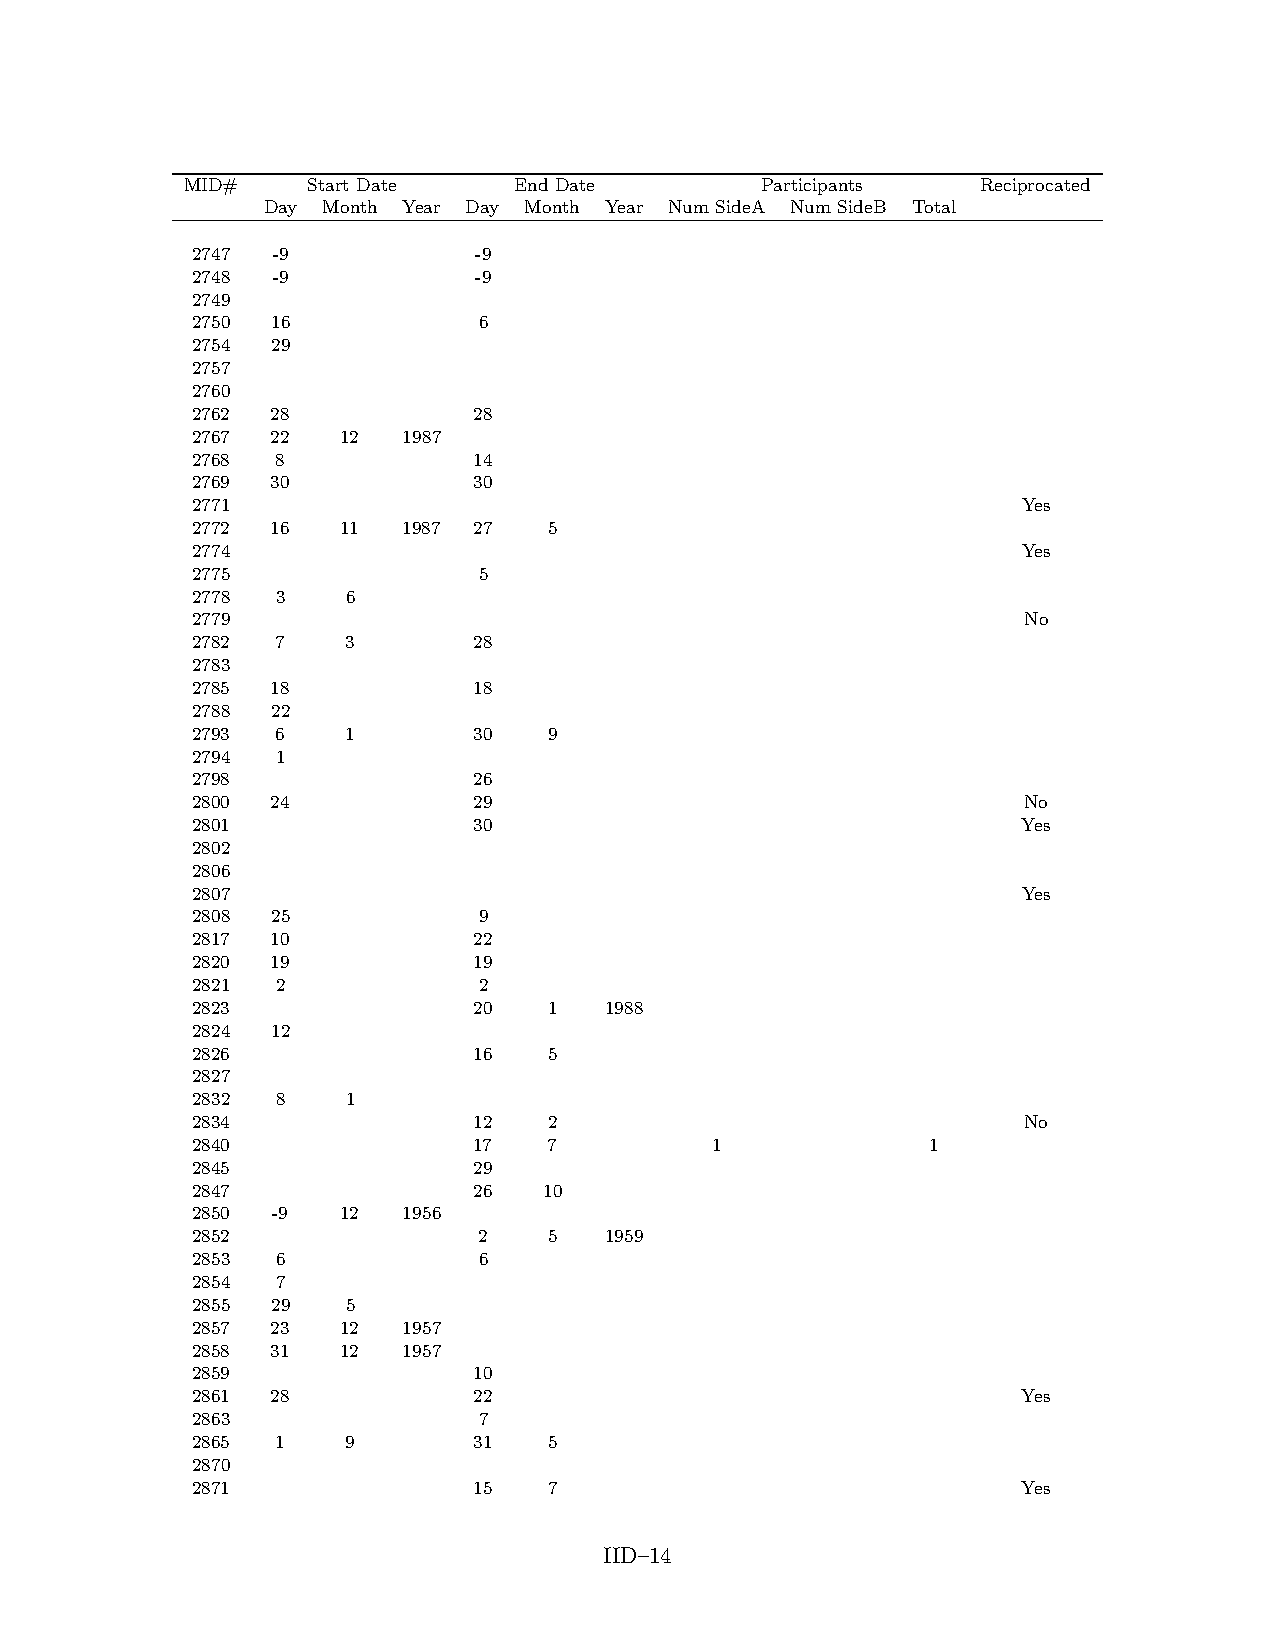
MID#    Start Date    End Date        Participants   Reciprocated
 Day Month Year Day Month Year Num SideA Num SideB Total
 2747 -9           -9
 2748 -9           -9
 2749
 2750 16            6
 2754 29
 2757
 2760
 2762 28           28
 2767 22   12  1987
 2768 8            14
 2769 30           30
 2771                                                   Yes
 2772 16   11  1987 27  5
 2774                                                   Yes
 2775               5
 2778 3    6
 2779                                                   No
 2782 7    3       28
 2783
 2785 18           18
 2788 22
 2793 6    1       30   9
 2794 1
 2798              26
 2800 24           29                                   No
 2801              30                                   Yes
 2802
 2806
 2807                                                   Yes
 2808 25            9
 2817 10           22
 2820 19           19
 2821 2             2
 2823              20   1   1988
 2824 12
 2826              16   5
 2827
 2832 8    1
 2834              12   2                               No
 2840              17   7          1              1
 2845              29
 2847              26   10
 2850 -9   12  1956
 2852               2   5   1959
 2853 6             6
 2854 7
 2855 29   5
 2857 23   12  1957
 2858 31   12  1957
 2859              10
 2861 28           22                                   Yes
 2863               7
 2865 1    9       31   5
 2870
 2871              15   7                               Yes
 IID–14